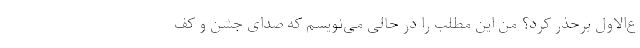
ع‌الاول برحذر کرد؟ من این مطلب را در حالی می‌نویسم که صدای جشن و کف